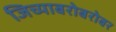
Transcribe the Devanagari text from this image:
जिच्याबरोबरोबर